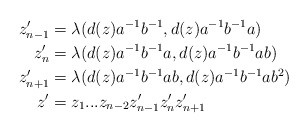
\begin{align*}z_{n-1}'&=\lambda(d(z)a^{-1}b^{-1}, d(z)a^{-1}b^{-1}a) \\z_n'&=\lambda(d(z)a^{-1}b^{-1}a, d(z)a^{-1}b^{-1}ab) \\z_{n+1}'&=\lambda(d(z)a^{-1}b^{-1}ab, d(z)a^{-1}b^{-1}ab^2)\\z'&=z_1...z_{n-2}z_{n-1}'z_n'z_{n+1}'\end{align*}